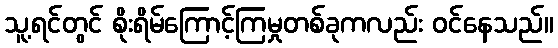
သူ့ရင်တွင် စိုးရိမ်ကြောင့်ကြမှုတစ်ခုကလည်း ဝင်နေသည်။